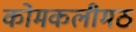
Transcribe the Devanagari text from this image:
कोमकलीमठ